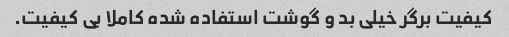
کیفیت برگر خیلی بد و گوشت استفاده شده کاملا بی کیفیت.